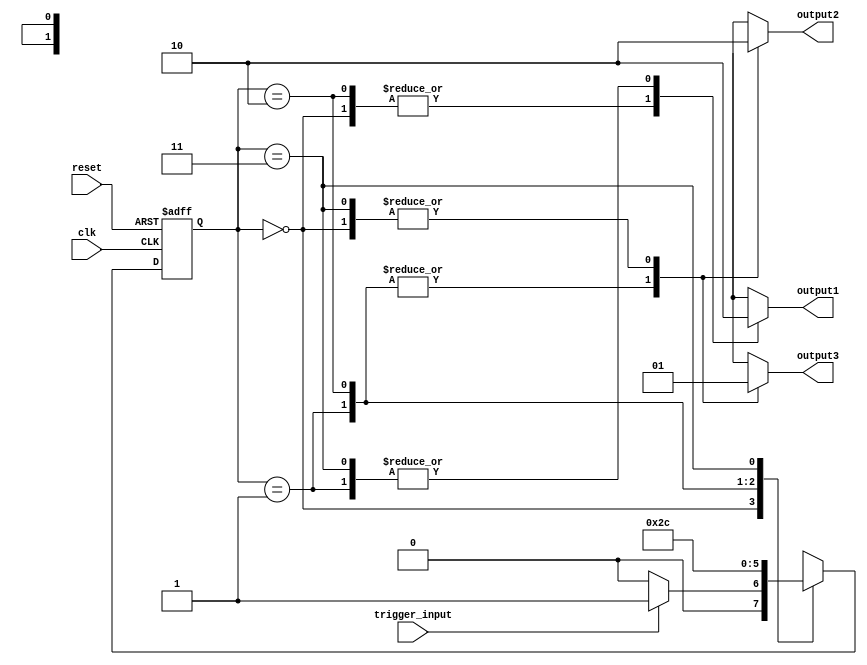
module mealy_state_machine(
    input wire clk,
    input wire reset,
    input wire trigger_input,
    output reg output1,
    output reg output2,
    output reg output3
);

// Define states
parameter STATE_A = 2'b00;
parameter STATE_B = 2'b01;
parameter STATE_C = 2'b10;
parameter STATE_D = 2'b11;

// Define state and next state variables
reg [1:0] state, next_state;

// Define output variables
reg out1, out2, out3;

always @(posedge clk or posedge reset) begin
    if (reset) begin
        state <= STATE_A;
    end else begin
        state <= next_state;
    end
end

always @(*) begin
    case(state)
        STATE_A: begin
            if (trigger_input) begin
                next_state = STATE_B;
            end else begin
                next_state = STATE_A;
            end
        end
        STATE_B: begin
            next_state = STATE_C;
        end
        STATE_C: begin
            next_state = STATE_D;
        end
        STATE_D: begin
            next_state = STATE_A;
        end
    endcase
end

always @(state, trigger_input) begin
    case(state)
        STATE_A: begin
            out1 = 1;
            out2 = 0;
            out3 = 1;
        end
        STATE_B: begin
            out1 = 0;
            out2 = 1;
            out3 = 0;
        end
        STATE_C: begin
            out1 = 1;
            out2 = 1;
            out3 = 0;
        end
        STATE_D: begin
            out1 = 0;
            out2 = 0;
            out3 = 1;
        end
    endcase
end

assign output1 = out1;
assign output2 = out2;
assign output3 = out3;

endmodule